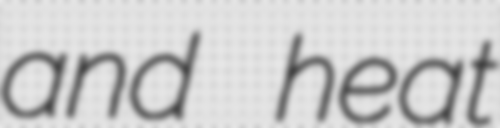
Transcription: and heat